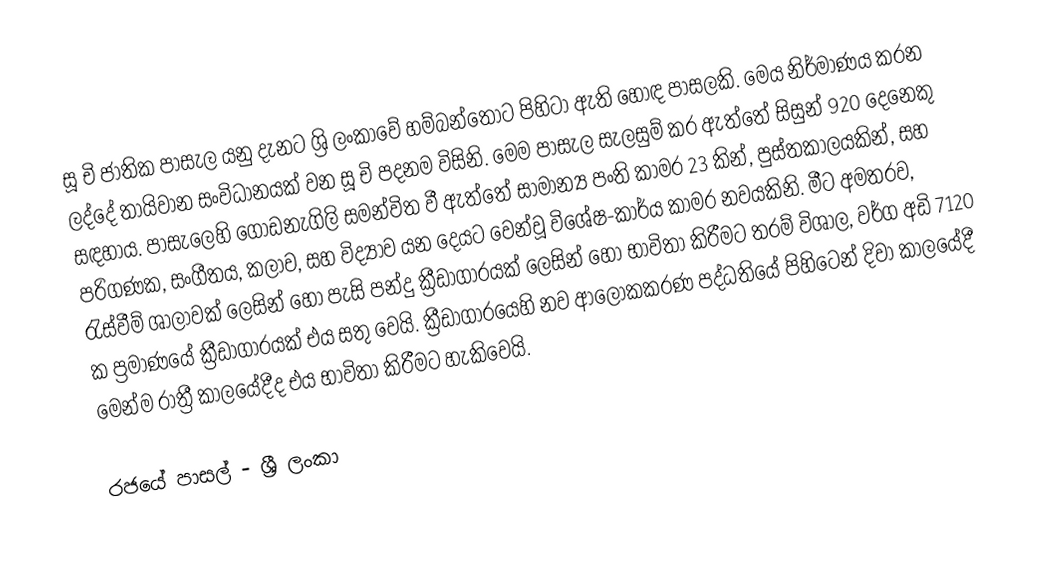
සූ චි ජාතික පාසැල යනු දැනට ශ්‍රි ලංකාවේ හම්බන්තොට පිහිටා ඇති හොඳ පාසලකි. මෙය නිර්මාණය කරන ලද්දේ තායිවාන සංවිධානයක් වන සූ චි පදනම විසිනි. මෙම පාසැල සැලසුම් කර ඇත්තේ සිසුන් 920 දෙනෙකු සඳහාය. පාසැලෙහි ගොඩනැගිලි සමන්විත වී ඇත්තේ සාමාන්‍ය පංති කාමර 23 කින්, පුස්තකාලයකින්, සහ පරිගණක, සංගීතය, කලාව, සහ විද්‍යාව යන දෙයට වෙන්වූ විශේෂ-කාර්ය කාමර නවයකිනි. මීට අමතරව, රැස්වීම් ශාලාවක් ලෙසින් හෝ පැසි පන්දු ක්‍රීඩාගාරයක් ලෙසින් හෝ භාවිතා කිරීමට තරම් විශාල,  වර්ග අඩි 7120 ක ප්‍රමාණයේ ක්‍රීඩාගාරයක් එය සතු වෙයි. ක්‍රීඩාගාරයෙහි නව ආලෝකකරණ පද්ධතියේ පිහිටෙන් දිවා කාලයේදී මෙන්ම රාත්‍රී කාලයේදීද එය භාවිතා කිරීමට හැකිවෙයි.

රජයේ පාසල් - ශ්‍රී ලංකා